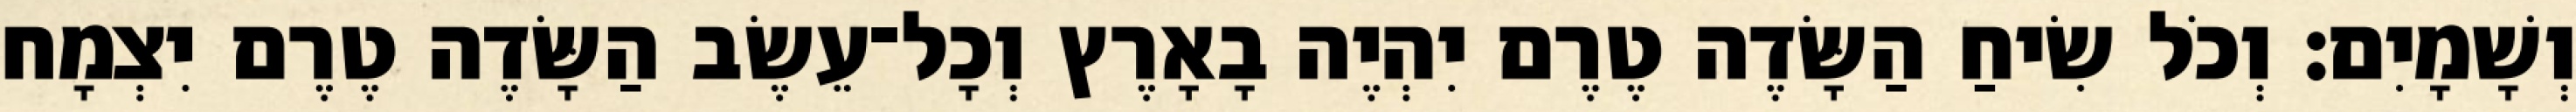
וְשָׁמָיִם׃ וְכֹל שִׂיחַ הַשָּׂדֶה טֶרֶם יִהְיֶה בָאָרֶץ וְכָל־עֵשֶׂב הַשָּׂדֶה טֶרֶם יִצְמָח